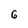
Character: 6